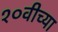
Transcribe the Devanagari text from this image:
१०वीच्या